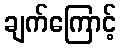
ချက်ကြောင့်